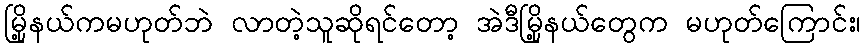
မြို့နယ်ကမဟုတ်ဘဲ လာတဲ့သူဆိုရင်တော့ အဲဒီမြို့နယ်တွေက မဟုတ်ကြောင်း၊